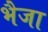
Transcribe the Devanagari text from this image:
भैजा